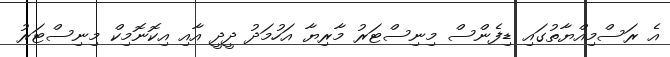
އެ ރަސްމިއްޔާތުގައި ޑިފެންސް މިނިސްޓަރު މާރިޔާ އަހުމަދު ދީދީ އާއި އިކޮނޮމިކް މިނިސްޓަރު